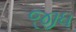
જીધ